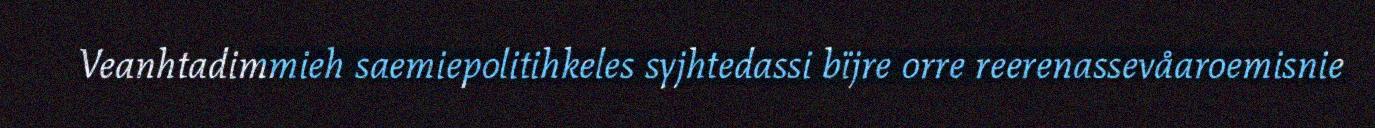
Veanhtadimmieh saemiepolitihkeles syjhtedassi bïjre orre reerenassevåaroemisnie